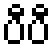
ပီပီ